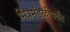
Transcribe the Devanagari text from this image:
मित्रमंडळींपर्यंत